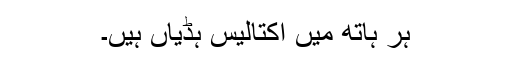
ہر ہاتھ میں اِکتالیس ہڈیاں ہیں۔